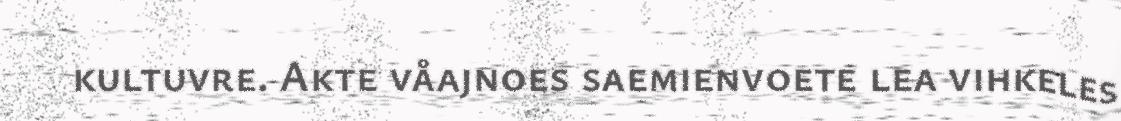
kultuvre. Akte våajnoes saemienvoete lea vihkeles